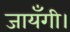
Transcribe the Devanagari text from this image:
जायँगी।